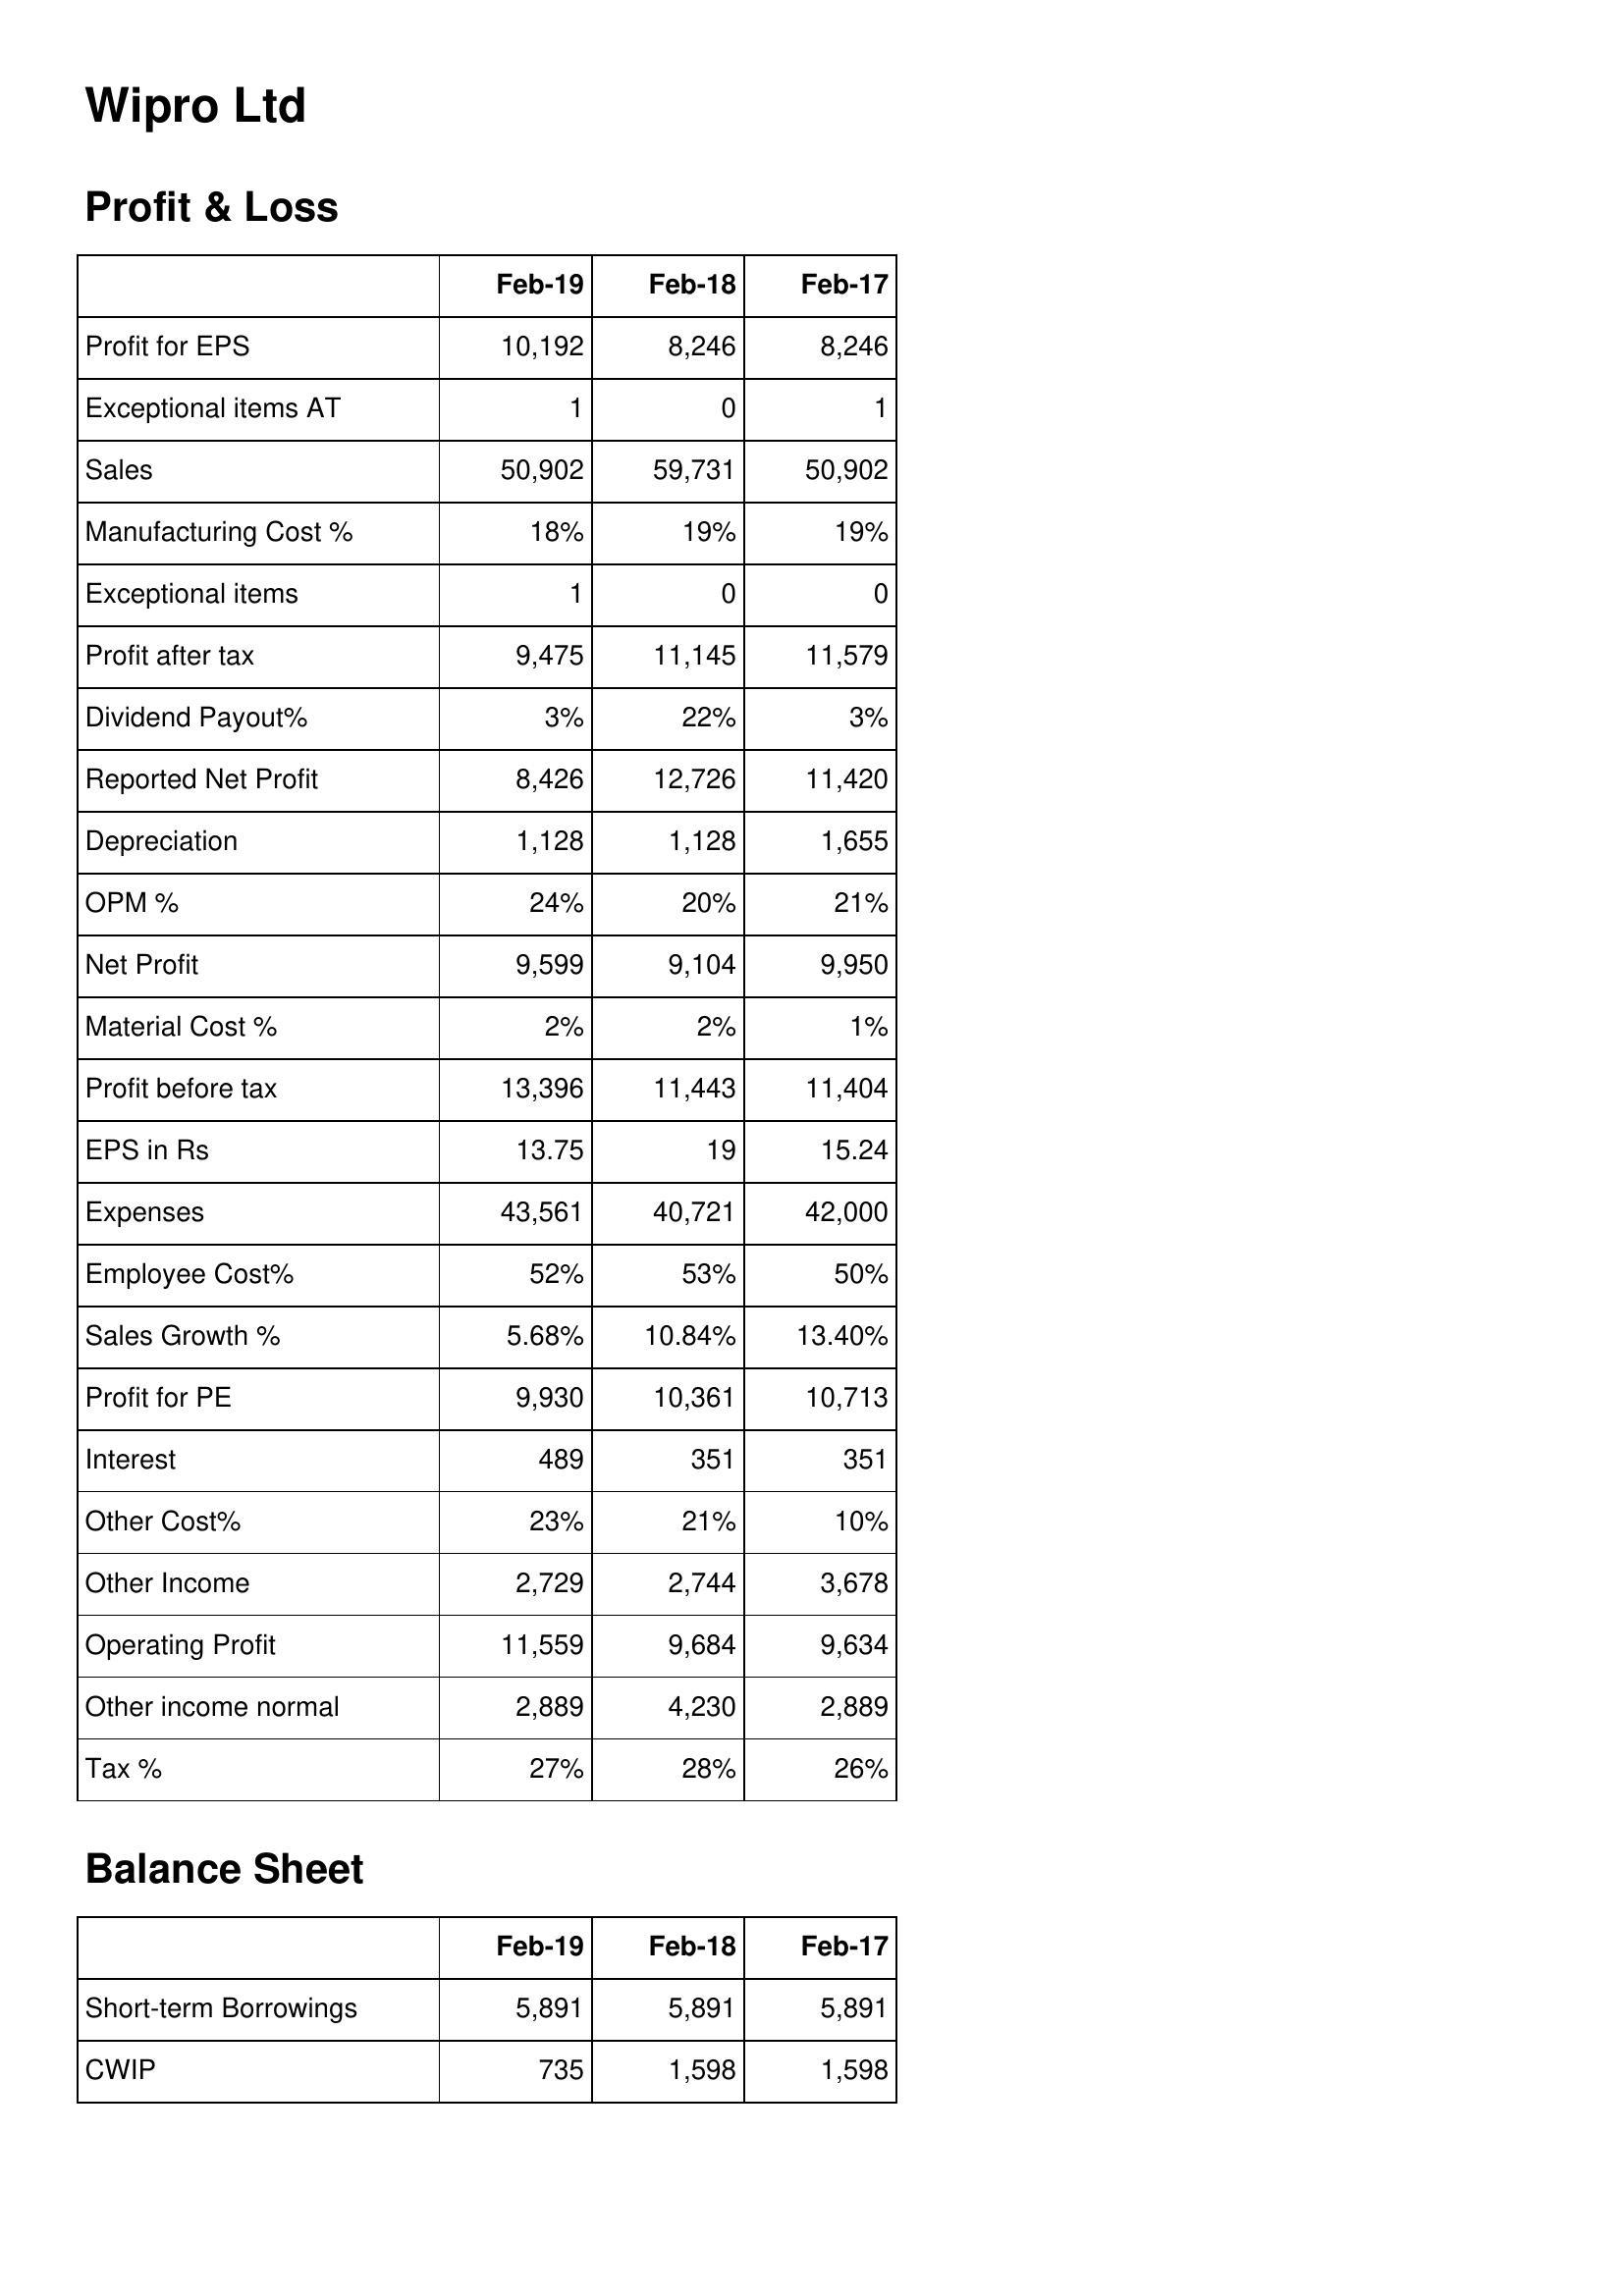
Feb-19: Profit & Loss: Profit for EPS: 10,192
Exceptional items AT: 1
Sales: 50,902
Manufacturing Cost %: 18%
Exceptional items: 1
Profit after tax: 9,475
Dividend Payout%: 3%
Reported Net Profit: 8,426
Depreciation: 1,128
OPM %: 24%
Net Profit: 9,599
Material Cost %: 2%
Profit before tax: 13,396
EPS in Rs: 13.75
Expenses: 43,561
Employee Cost%: 52%
Sales Growth %: 5.68%
Profit for PE: 9,930
Interest: 489
Other Cost%: 23%
Other Income: 2,729
Operating Profit: 11,559
Other income normal: 2,889
Tax %: 27%
Balance Sheet: Short-term Borrowings: 5,891
CWIP: 735
Feb-18: Profit & Loss: Profit for EPS: 8,246
Exceptional items AT: 0
Sales: 59,731
Manufacturing Cost %: 19%
Exceptional items: 0
Profit after tax: 11,145
Dividend Payout%: 22%
Reported Net Profit: 12,726
Depreciation: 1,128
OPM %: 20%
Net Profit: 9,104
Material Cost %: 2%
Profit before tax: 11,443
EPS in Rs: 19
Expenses: 40,721
Employee Cost%: 53%
Sales Growth %: 10.84%
Profit for PE: 10,361
Interest: 351
Other Cost%: 21%
Other Income: 2,744
Operating Profit: 9,684
Other income normal: 4,230
Tax %: 28%
Balance Sheet: Short-term Borrowings: 5,891
CWIP: 1,598
Feb-17: Profit & Loss: Profit for EPS: 8,246
Exceptional items AT: 1
Sales: 50,902
Manufacturing Cost %: 19%
Exceptional items: 0
Profit after tax: 11,579
Dividend Payout%: 3%
Reported Net Profit: 11,420
Depreciation: 1,655
OPM %: 21%
Net Profit: 9,950
Material Cost %: 1%
Profit before tax: 11,404
EPS in Rs: 15.24
Expenses: 42,000
Employee Cost%: 50%
Sales Growth %: 13.40%
Profit for PE: 10,713
Interest: 351
Other Cost%: 10%
Other Income: 3,678
Operating Profit: 9,634
Other income normal: 2,889
Tax %: 26%
Balance Sheet: Short-term Borrowings: 5,891
CWIP: 1,598